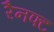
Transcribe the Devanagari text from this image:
रैनफ्‍ट